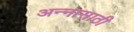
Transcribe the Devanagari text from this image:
अन्‍नासाठी